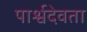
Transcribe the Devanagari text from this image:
पार्श्वदेवता